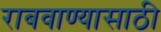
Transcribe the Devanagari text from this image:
राबवाण्यासाठी